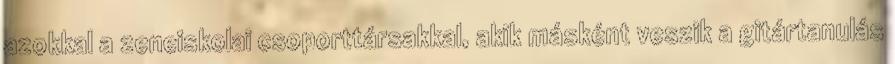
azokkal a zeneiskolai csoporttársakkal, akik másként veszik a gitártanulás